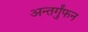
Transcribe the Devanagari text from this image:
अन्तर्गुंफन